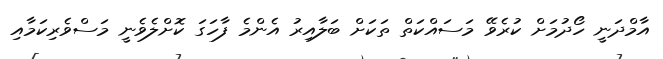
އާމްދަނީ ހޯދުމަށް ކުރެވޭ މަސައްކަތް ތަކަށް ބަލާއިރު އެންމެ ފާހަގަ ކޮށްލެވެނީ މަސްވެރިކަމާއި